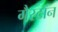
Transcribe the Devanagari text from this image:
गैस्टॉन